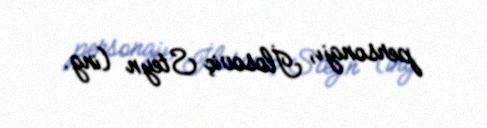
personajı, İlosoviç Steyn (ing.